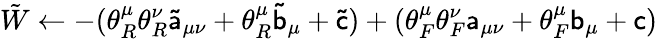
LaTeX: {\tilde{W}}\gets-(\theta_{R}^{\mu}\theta_{R}^{\nu}\mathsf{\tilde{a}}_{\mu\nu}+\theta_{R}^{\mu}\mathsf{\tilde{b}}_{\mu}+\mathsf{\tilde{c}})+(\theta_{F}^{\mu}\theta_{F}^{\nu}\mathsf{a}_{\mu\nu}+\theta_{F}^{\mu}\mathsf{b}_{\mu}+\mathsf{c})